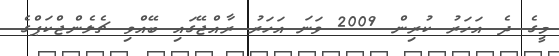
މީގެ ދެ އަހަރު ކުރިން 2009 ވަނަ އަހަރު ރާއްޖޭގައި ބޭއްވި ޗެލެންޖްކަޕްގެ